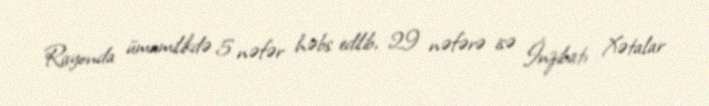
Rayonda ümumilikdə 5 nəfər həbs edilib, 29 nəfərə isə İnzibatı Xətalar